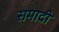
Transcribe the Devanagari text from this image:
समादी